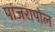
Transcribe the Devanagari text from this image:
पांजरापोल